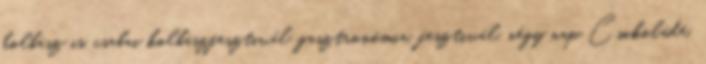
kolbász is. csabai kolbászfesztivál, gasztronómia, fesztivál, négy nap Csokoládé,